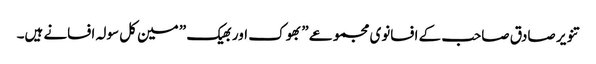
تنویر صادق صاحب کے افسانوی مجموعے ” بھوک اور بھیک ” مین کل سولہ افسانے ہیں۔